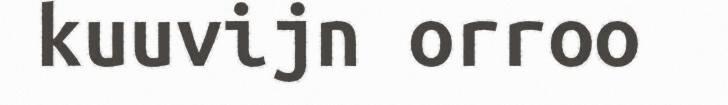
kuuvijn orroo